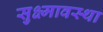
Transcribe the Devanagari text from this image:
सुक्ष्मावस्था